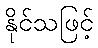
နိုင်သဖြင့်